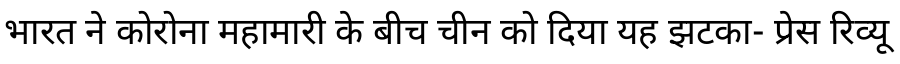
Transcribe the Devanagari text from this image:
भारत ने कोरोना महामारी के बीच चीन को दिया यह झटका- प्रेस रिव्यू